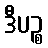
ဒီပဉ္စ